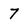
Character: 7